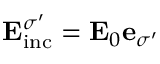
\mathbf { E } _ { \mathrm { i n c } } ^ { \sigma ^ { \prime } } = \mathbf { E } _ { 0 } \mathbf { e } _ { \sigma ^ { \prime } }